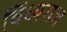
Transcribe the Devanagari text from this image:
विंध्यराज